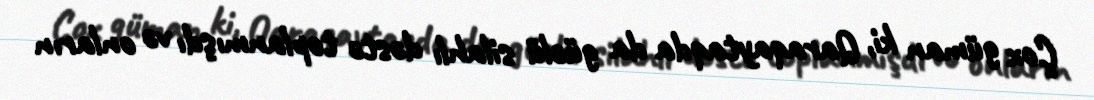
Çox güman ki, Qaraqaytaqda da güclü silahlı dəstə toplanmışdı və onların